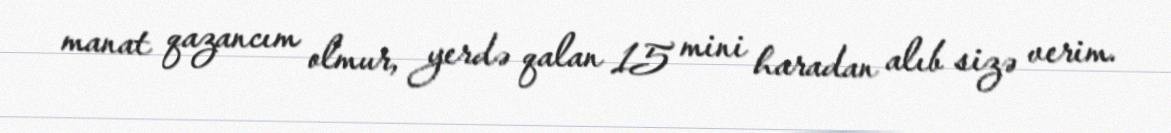
manat qazancım olmur, yerdə qalan 15 mini haradan alıb sizə verim.